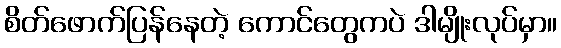
စိတ်ဖောက်ပြန်နေတဲ့ ကောင်တွေကပဲ ဒါမျိုးလုပ်မှာ။